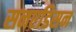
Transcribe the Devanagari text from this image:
सनएडिसन